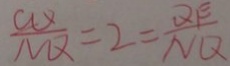
\frac { C Q } { N Q } = 2 = \frac { Q E } { N Q }